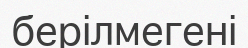
берілмегені